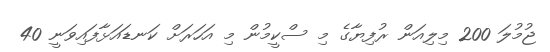
ޖުމުލަ 200 މިލިއަން ރުފިޔާގެ މި ސްކީމުން މި އަހަރަށް ކަނޑައަޅާފައިވަނީ 40